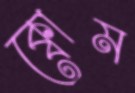
ক্বোম